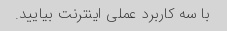
با سه کاربرد عملی اینترنت بیایید.